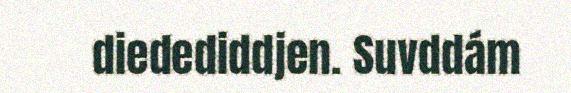
diedediddjen. Suvddám